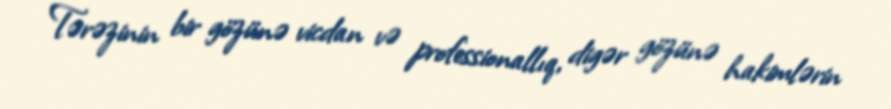
Tərəzinin bir gözünə vicdan və professionallıq, digər gözünə hakimlərin